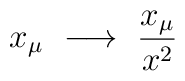
x_\mu ~ \longrightarrow ~ \frac{x_\mu}{x^2}